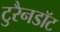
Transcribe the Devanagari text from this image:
टुरैनडॉट